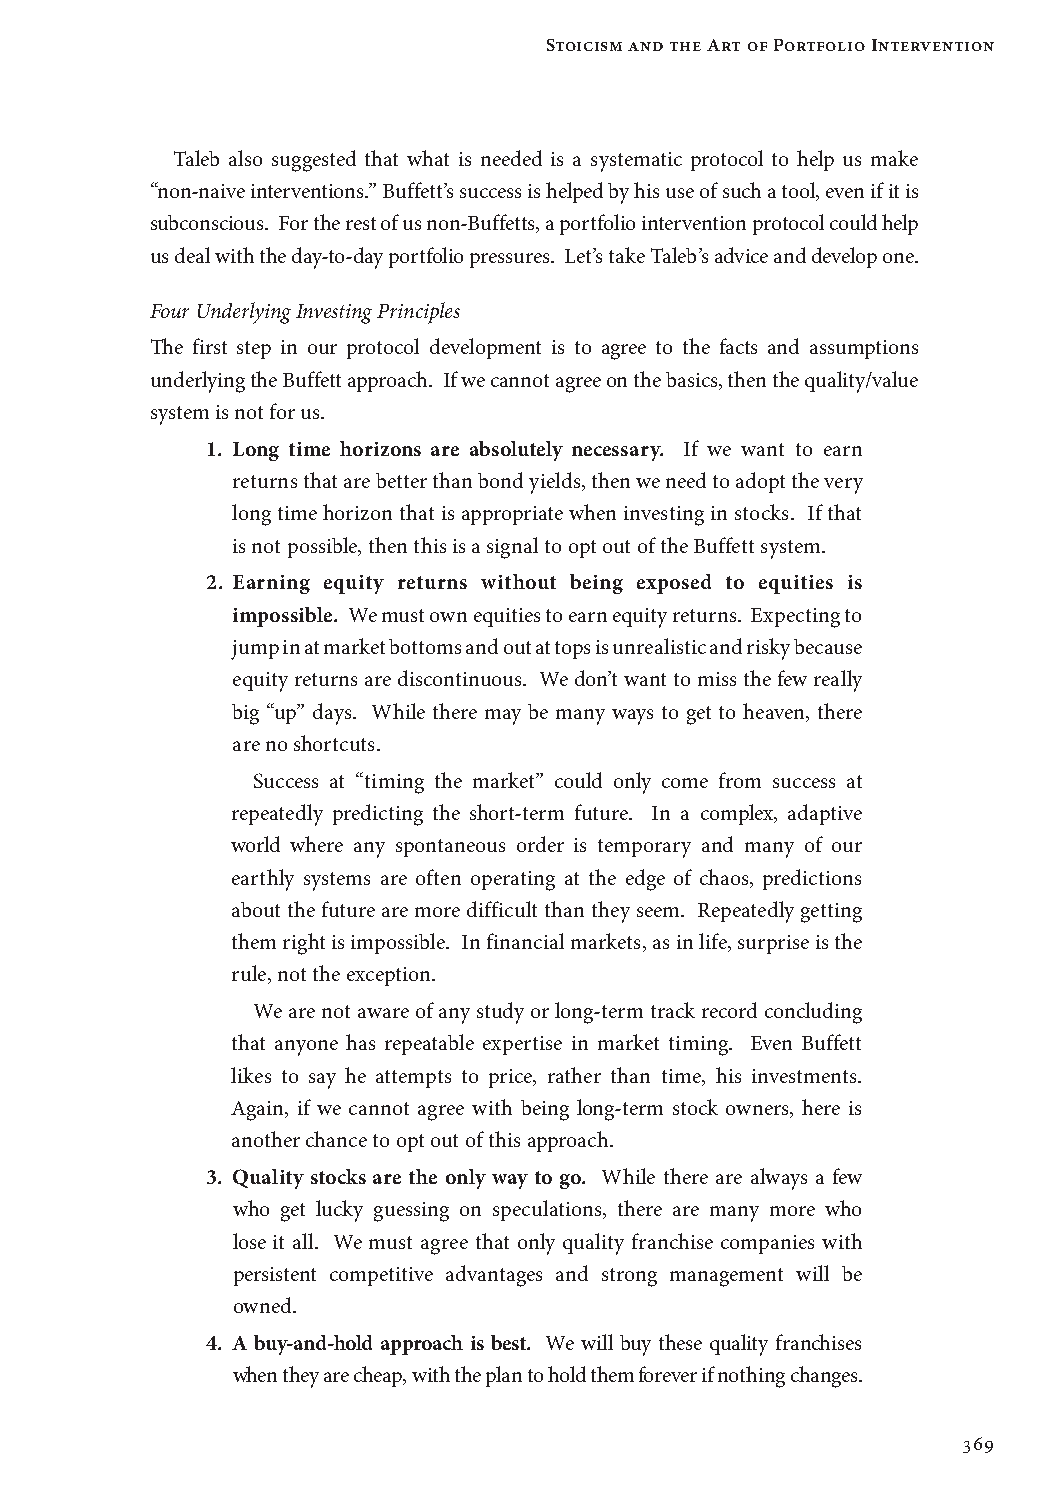
Stoicism and the Art of Portfolio Intervention
 Taleb also suggested that what is needed is a systematic protocol to help us make
 “non-naive interventions.” Buffett’s success is helped by his use of such a tool, even if it is
 subconscious. For the rest of us non-Buffetts, a portfolio intervention protocol could help
 us deal with the day-to-day portfolio pressures. Let’s take Taleb’s advice and develop one.
 Four Underlying Investing Principles
 The first step in our protocol development is to agree to the facts and assumptions
 underlying the Buffett approach. If we cannot agree on the basics, then the quality/value
 system is not for us.
 1. Long time horizons are absolutely necessary. If we want to earn
 returns that are better than bond yields, then we need to adopt the very
 long time horizon that is appropriate when investing in stocks. If that
 is not possible, then this is a signal to opt out of the Buffett system.
 2. E arning equity returns without being exposed to equities is
 impossible. We must own equities to earn equity returns. Expecting to
 jump in at market bottoms and out at tops is unrealistic and risky because
 equity returns are discontinuous. We don’t want to miss the few really
 big “up” days. While there may be many ways to get to heaven, there
 are no shortcuts.
 Success at “timing the market” could only come from success at
 repeatedly predicting the short-term future. In a complex, adaptive
 world where any spontaneous order is temporary and many of our
 earthly systems are often operating at the edge of chaos, predictions
 about the future are more difficult than they seem. Repeatedly getting
 them right is impossible. In financial markets, as in life, surprise is the
 rule, not the exception.
 We are not aware of any study or long-term track record concluding
 that anyone has repeatable expertise in market timing. Even Buffett
 likes to say he attempts to price, rather than time, his investments.
 Again, if we cannot agree with being long-term stock owners, here is
 another chance to opt out of this approach.
 3. Q uality stocks are the only way to go. While there are always a few
 who get lucky guessing on speculations, there are many more who
 lose it all. We must agree that only quality franchise companies with
 persistent competitive advantages and strong management will be
 owned.
 4. A buy-and-hold approach is best. We will buy these quality franchises
 when they are cheap, with the plan to hold them forever if nothing changes.
 369